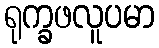
ရုက္ခဖလူပမာ